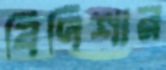
বিদিশার